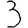
Digit: 3